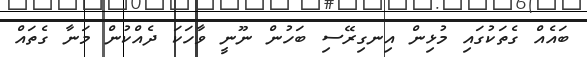
ބައެއް ގެތަކުގައި މުޅިން އިނގިރޭސި ބަހުން ނޫނީ ވާހަކަ ދެއްކުން މަނާ ގެތައް